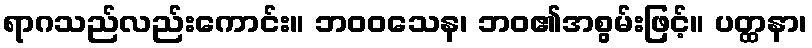
ရာဂသည်လည်းကောင်း။ ဘဝဝသေန၊ ဘဝ၏အစွမ်းဖြင့်။ ပတ္ထနာ၊